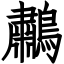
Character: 鷫